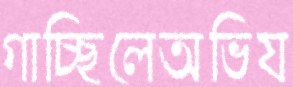
গাচ্ছিলেঅভিয